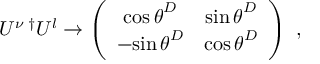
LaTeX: U ^ { \nu } \, ^ { \dagger } U ^ { l } \rightarrow \left( \begin{array} { c c } { { { \cos \theta } ^ { D } } } & { { { \sin \theta } ^ { D } } } \\ { { - { \sin \theta } ^ { D } } } & { { { \cos \theta } ^ { D } } } \end{array} \right) \ ,